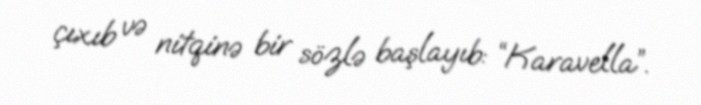
çıxıb və nitqinə bir sözlə başlayıb: “Karavella”.